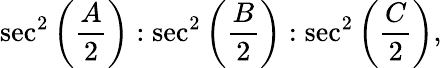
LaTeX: \sec^{2}\left({\frac{A}{2}}\right):\sec^{2}\left({\frac{B}{2}}\right):\sec^{2}\left({\frac{C}{2}}\right),